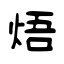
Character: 焐